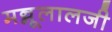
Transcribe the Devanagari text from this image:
मन्नूलालजी